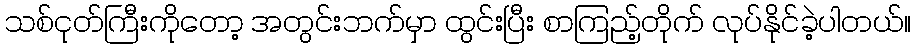
သစ်ငုတ်ကြီးကိုတော့ အတွင်းဘက်မှာ ထွင်းပြီး စာကြည့်တိုက် လုပ်နိုင်ခဲ့ပါတယ်။